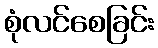
စုံလင်စေခြင်း